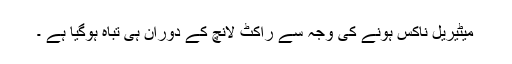
میٹیریل ناکس ہونے کی وجہ سے راکٹ لانچ کے دوران ہی تباہ ہوگیا ہے ۔